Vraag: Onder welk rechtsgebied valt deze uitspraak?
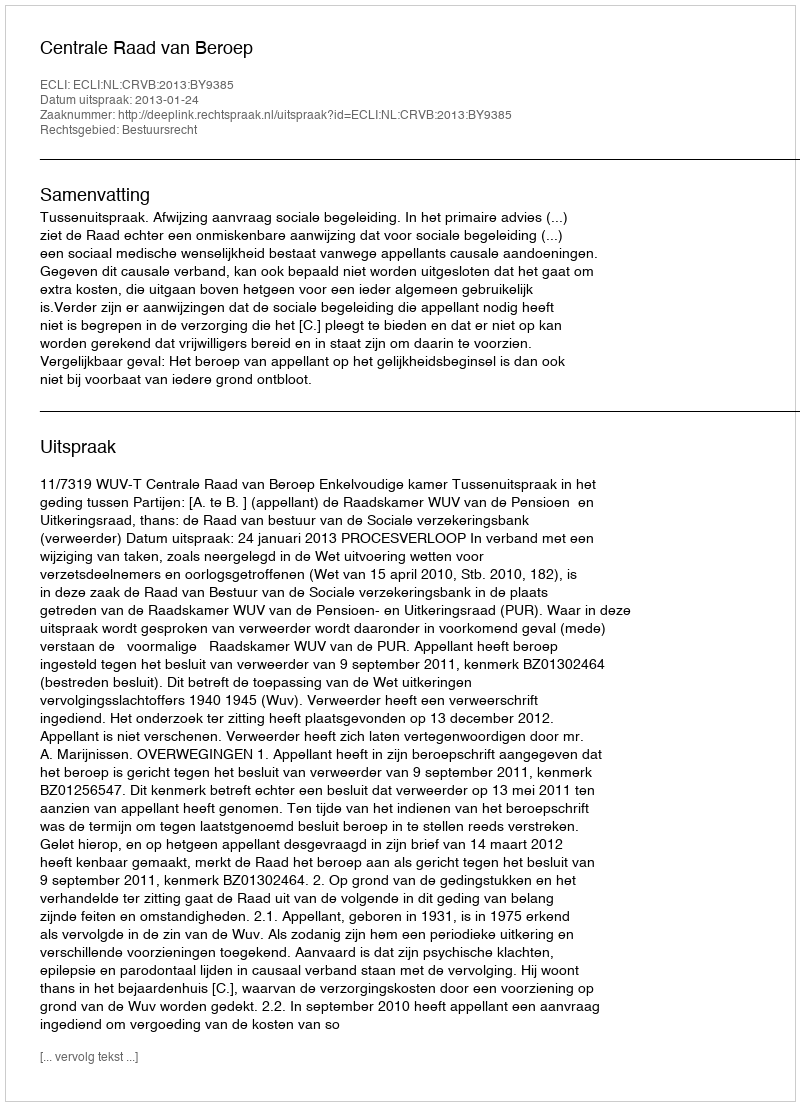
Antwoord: Bestuursrecht